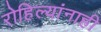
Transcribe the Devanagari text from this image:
रोहिल्यांनाही